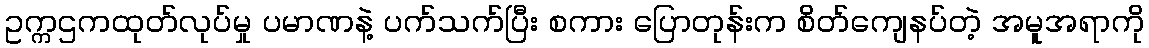
ဥက္ကဌကထုတ်လုပ်မှု ပမာဏနဲ့ ပက်သက်ပြီး စကား ပြောတုန်းက စိတ်ကျေနပ်တဲ့ အမူအရာကို